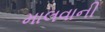
માલવાની